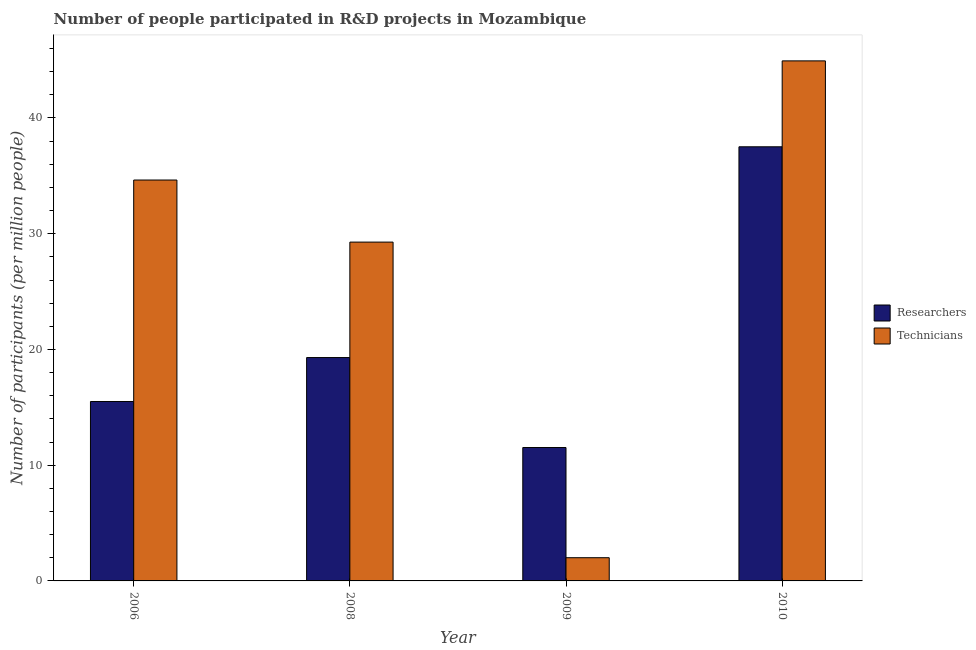
| Year | Researchers | Technicians |
 | --- | --- | --- |
 | 2006 | 15.5 | 34.6 |
 | 2008 | 19.3 | 29.3 |
 | 2009 | 11.5 | 2.01 |
 | 2010 | 37.5 | 44.9 |